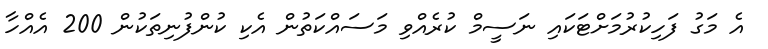
އެ މަގު ފަހިކުރުމަށްޓަކައި ނަސީމް ކުރެއްވި މަސައްކަތުން އެކި ކުންފުނިތަކުން 200 އެއްހާ